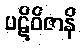
ပဋိဝိဇာနိ